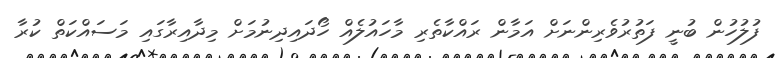
ފުލުހުން ބުނީ ފަތުރުވެރިންނަށް އަމާން ރައްކާތެރި މާހައުލެއް ހޯދައިދިނުމަށް މިދާއިރާގައި މަސައްކަތް ކުރާ